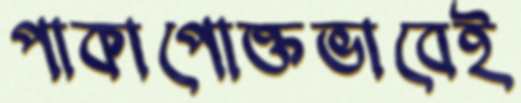
পাকাপোক্তভাবেই